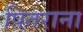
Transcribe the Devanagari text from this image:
पितराना